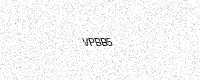
Text: VPBB5